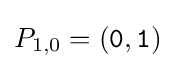
P_{1,0}=({\mathtt {0}},{\mathtt {1}})